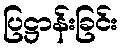
ပြဋ္ဌာန်းခြင်း